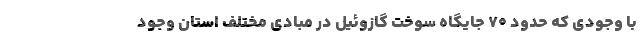
با وجودی که حدود ۷۰ جایگاه سوخت گازوئیل در مبادی مختلف استان وجود